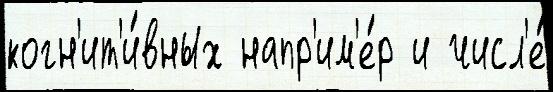
когн'ит'и́вных напр'им'е́р и числ'е́